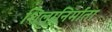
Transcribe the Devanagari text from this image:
शिलानिर्माता